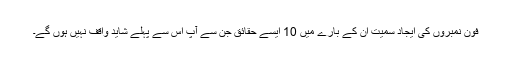
فون نمبروں کی ایجاد سمیت ان کے بارے میں 10 ایسے حقائق جن سے آپ اس سے پہلے شاید واقف نہیں ہوں گے۔